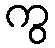
ကွ